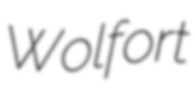
Wolfort